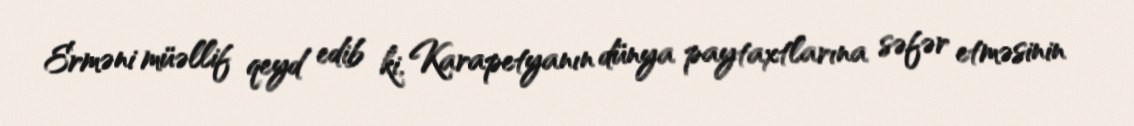
Erməni müəllif qeyd edib ki, Karapetyanın dünya paytaxtlarına səfər etməsinin